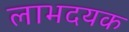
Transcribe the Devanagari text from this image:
लाभदयक